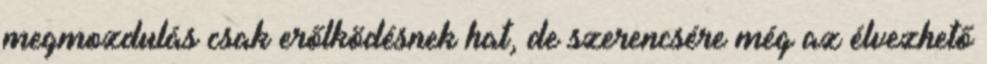
megmozdulás csak erőlködésnek hat, de szerencsére még az élvezhető